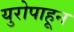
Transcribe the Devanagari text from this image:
युरोपाहून